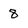
Character: 8